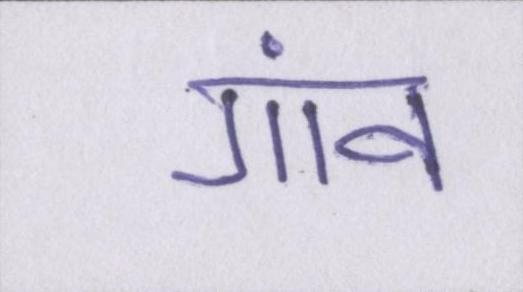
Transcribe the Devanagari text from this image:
गांव